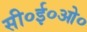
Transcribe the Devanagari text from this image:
सी०ई०ओ०